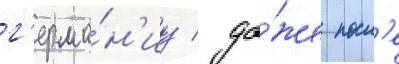
г'ерма́н'иу / да́же посл'е